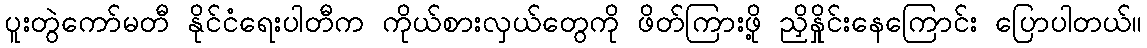
ပူးတွဲကော်မတီ နိုင်ငံရေးပါတီက ကိုယ်စားလှယ်တွေကို ဖိတ်ကြားဖို့ ညှိနှိုင်းနေကြောင်း ပြောပါတယ်။